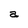
Character: a